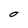
Character: O